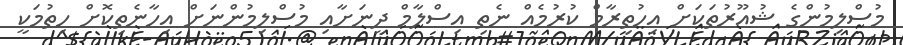
މުސްލިމުންގެ ޝުއޫރުތަކަށް އިހުތިރާމް ކުރުމެއް ނެތި އިސްލާމް ދީނަށާއި މުސްލިމުންނަށް އިހާނެތިކޮށް ހިތުމަކީ